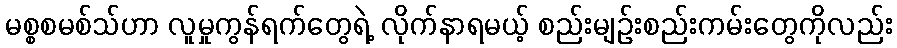
မစ္စစမစ်သ်ဟာ လူမှုကွန်ရက်တွေရဲ့ လိုက်နာရမယ့် စည်းမျဉ်းစည်းကမ်းတွေကိုလည်း